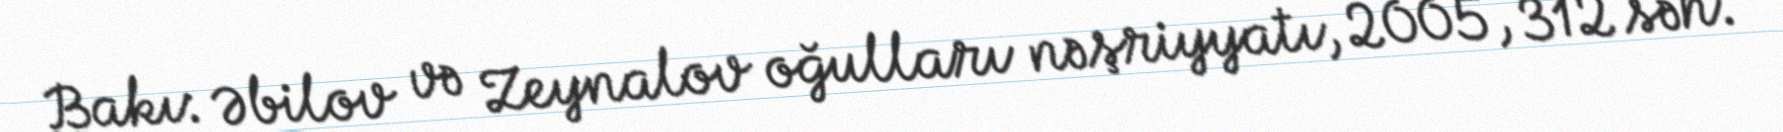
Bakı: Əbilov və Zeynalov oğulları nəşriyyatı, 2005, 312 səh.